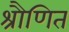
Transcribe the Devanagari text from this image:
श्रौणित